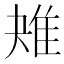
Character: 𨾕